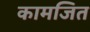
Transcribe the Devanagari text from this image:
कामजित